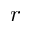
r